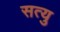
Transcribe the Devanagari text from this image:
सत्यु